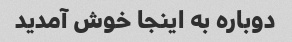
دوباره به اینجا خوش آمدید